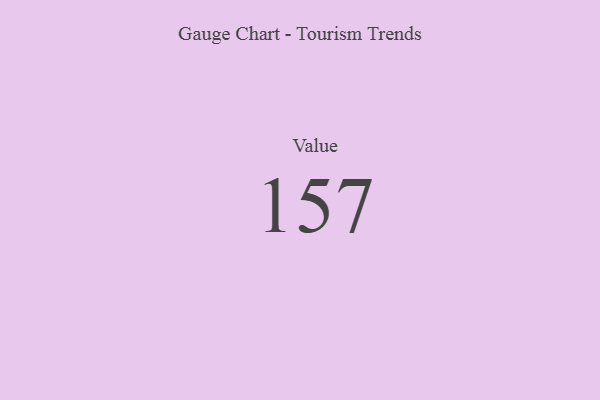
{"axis": {"x": "Metric", "y": "Value"}, "legend": [""], "data": [{"x": "Value", "y": 157, "type": ""}]}